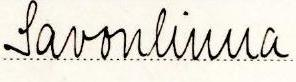
Savonlinna